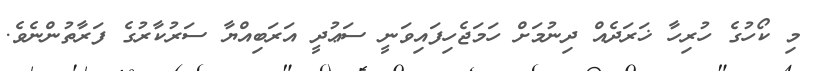
މި ކޯހުގެ ހުރިހާ ޚަރަދެއް ދިނުމަށް ހަމަޖެހިފައިވަނީ ސަޢުދީ އަރަބިއްޔާ ސަރުކާރުގެ ފަރާތުންނެވެ.